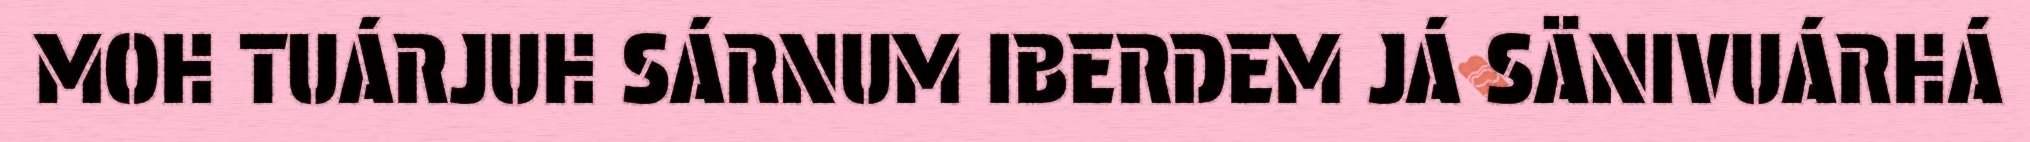
MOH TUÁRJUH SÁRNUM IBERDEM JÁ SÄNIVUÁRHÁ